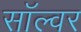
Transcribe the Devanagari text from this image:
सॉल्वर